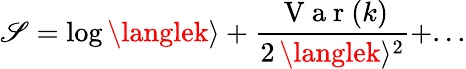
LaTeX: \mathscr{S}=\log\langlek\rangle+\frac{{\mathrm{{~V~a~r~}}(k)}}{{2\, \langlek\rangle^{2}}}+...